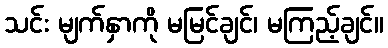
သင်း မျက်နှာကို မမြင်ချင်၊ မကြည့်ချင်။